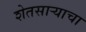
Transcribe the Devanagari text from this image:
शेतसार्‍याचा